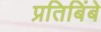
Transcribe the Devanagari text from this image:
प्रतिबिंबे